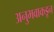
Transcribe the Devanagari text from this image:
अनुभवाकडून